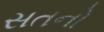
સતનો